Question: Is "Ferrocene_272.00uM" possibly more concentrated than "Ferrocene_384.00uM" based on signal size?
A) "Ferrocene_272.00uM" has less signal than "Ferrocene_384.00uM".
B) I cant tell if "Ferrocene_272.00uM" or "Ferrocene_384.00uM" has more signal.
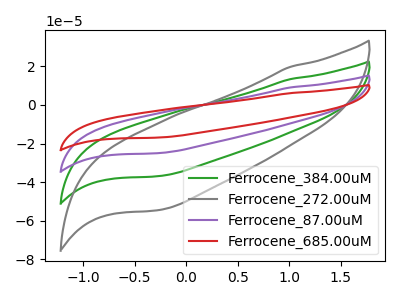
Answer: <think>The green curve "Ferrocene_384.00uM" has no peaks. The gray curve "Ferrocene_272.00uM" has no peaks. The purple curve "Ferrocene_87.00uM" has no peaks. The red curve "Ferrocene_685.00uM" has no peaks.
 Neither "Ferrocene_272.00uM" or "Ferrocene_384.00uM" have any peaks.</think>
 <answer>B) I cant tell if "Ferrocene_272.00uM" or "Ferrocene_384.00uM" has more signal.</answer>
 <eval>B</eval>